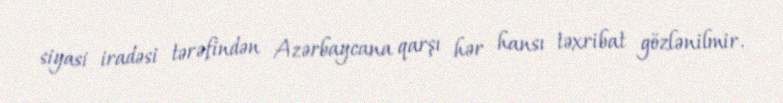
siyasi iradəsi tərəfindən Azərbaycana qarşı hər hansı təxribat gözlənilmir.